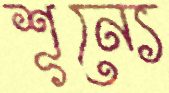
শূন্যে